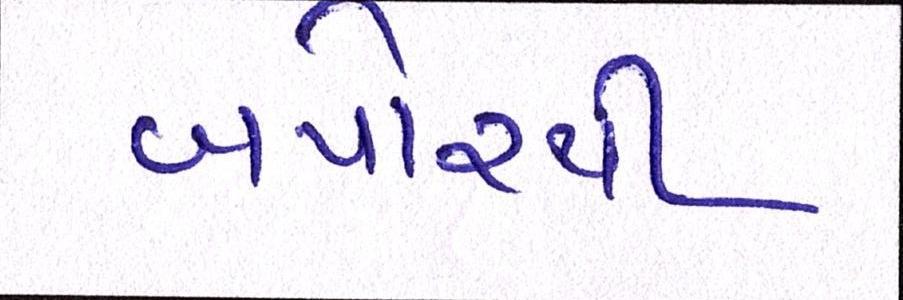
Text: બપોરથી